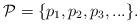
LaTeX: \begin{align*} {\mathcal P}=\{p_1,p_2,p_3,...\}.\end{align*}